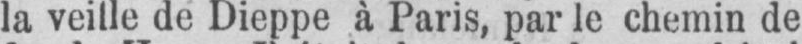
la veille de Dieppe à Paris, par le chemin de